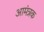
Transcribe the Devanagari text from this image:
आमंत्रक